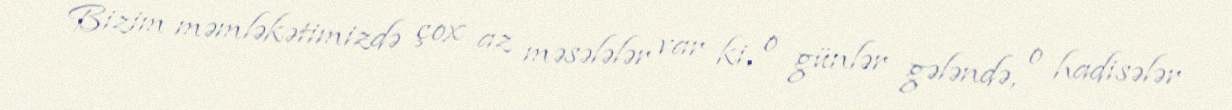
Bizim məmləkətimizdə çox az məsələlər var ki, o günlər gələndə, o hadisələr